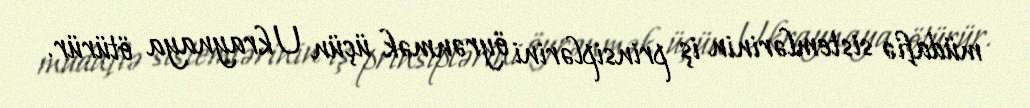
müdafiə sistemlərinin iş prinsiplərini öyrənmək üçün Ukraynaya ötürür.